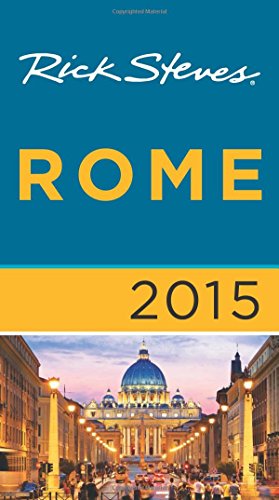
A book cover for Rick Steves Rome 2015; Rick Steves; Travel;